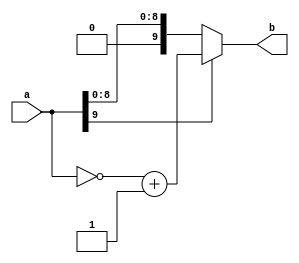
// Abs unit
// Algorithm :: b = Abs(a)
// unit type :: combinational
// Note      :: all arithmetic operations will use signed (2'complement) 10-bit width

module Abs 
#(parameter WIDTH=10)
(a, b);

input [WIDTH-1:0] a;
output [WIDTH-1:0] b;

assign b = a[WIDTH-1]?(~a + 1'b1):a;

endmodule